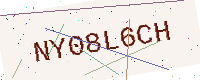
Text: NY08L6CH